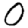
Digit: 0